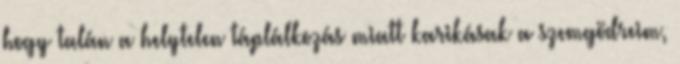
hogy talán a helytelen táplálkozás miatt karikásak a szemgödreim,